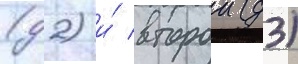
(д2) и́ второи (д3)